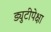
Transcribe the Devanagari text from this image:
ड्युटीपेक्षा